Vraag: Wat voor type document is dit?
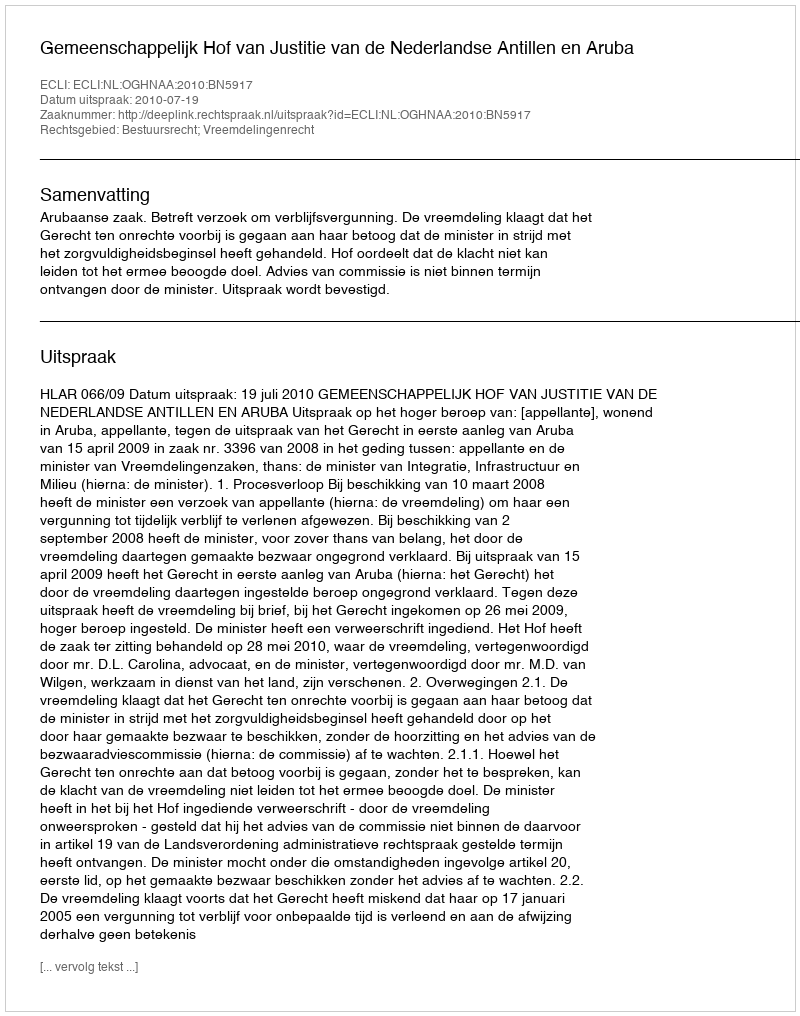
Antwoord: Uitspraak